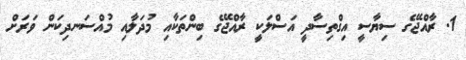
1. ރާއްޖޭގެ ސިޔާސީ އިގްތިސާދީ އަސްލަކީ ރާއްޖޭގެ ބިންތަކާއި މުދަލާއި މުއްސަނދިކަން ވަރަށް